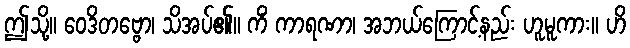
ဤသို့။ ဝေဒိတဗ္ဗော၊ သိအပ်၏။ ကိံ ကာရဏာ၊ အဘယ်ကြောင့်နည်း ဟူမူကား။ ဟိ